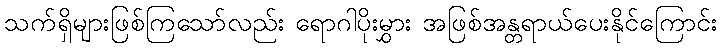
သက်ရှိများဖြစ်ကြသော်လည်း ရောဂါပိုးမွှား အဖြစ်အန္တရာယ်ပေးနိုင်ကြောင်း